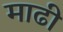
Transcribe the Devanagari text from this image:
माढी